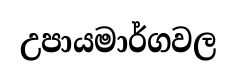
උපායමාර්ගවල